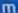
m